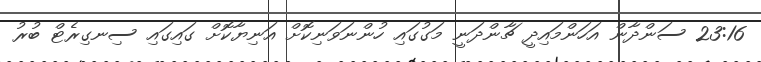
23:16 ސަންދާން އަހަންމައިދީ ޗާންދަނީ މަގުގައި ހުންނަވަނިކޮށް އަނިޔާކޮށް ގައިގައި ސިނގިރެޓް ބުރު